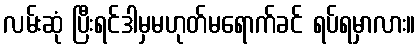
လမ်းဆုံ ပြီးရင်ဒါမှမဟုတ်မရောက်ခင် ရပ်ရမှာလား။